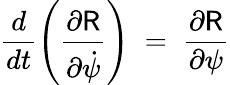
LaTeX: \frac{d}{dt}\left(\frac{\partial{\sf R}}{\partial\dot{\psi}}\right)\; =\; \frac{\partial\sf R}{\partial\psi}